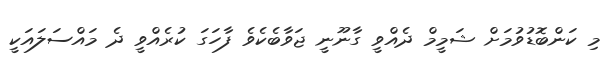
މި ކަންބޮޑުވުމަށް ޝަމީމް ދެއްވީ ގާނޫނީ ޖަވާބެކެވެ ފާހަގަ ކުރެއްވީ ދެ މައްސަލައަކީ